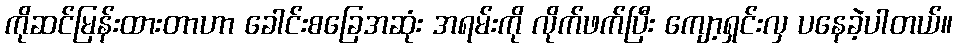
ကိုဆင်မြန်းထားတာဟာ ခေါင်းစခြေအဆုံး အရမ်းကို လိုက်ဖက်ပြီး ကျော့ရှင်းလှ ပနေခဲ့ပါတယ်။